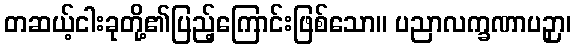
တဆယ့်ငါးခုတို့၏ပြည့်ကြောင်းဖြစ်သော။ ပညာလက္ခဏာပဉှာ၊